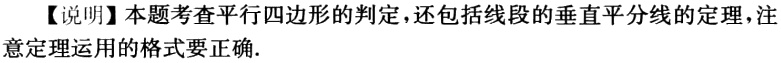
【说明】本题考查平行四边形的判定，还包括线段的垂直平分线的定理，注意定理运用的格式要正确.